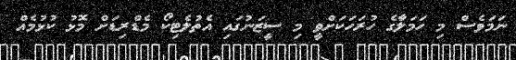
ނަމަވެސް މި ހަމަލާގެ ހުރަހަކަށްވީ މި ސީޒަނުގައި އެތުލެޓިކޯ މެޑްރިޑަށް މޮޅު ކުޅުމެއް